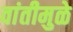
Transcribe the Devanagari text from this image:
वांतीमुळे